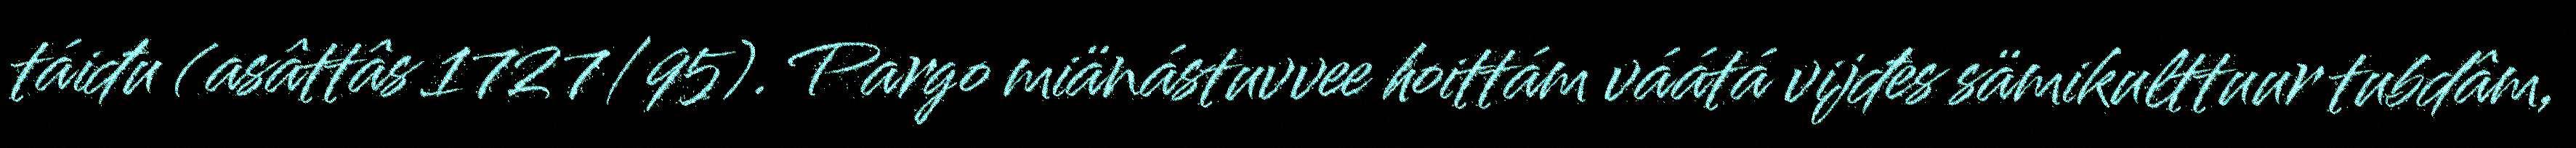
táiđu (asâttâs 1727/95). Pargo miänástuvvee hoittám váátá vijđes sämikulttuur tubdâm,